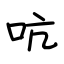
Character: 吭